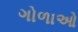
ગોળાઓ